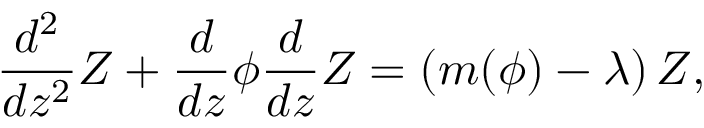
\frac { d ^ { 2 } } { d z ^ { 2 } } Z + \frac { d } { d z } \phi \frac { d } { d z } Z = \left( m ( \phi ) - \lambda \right) Z ,